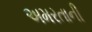
અમરતાની